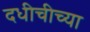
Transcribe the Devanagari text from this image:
दधीचीच्या